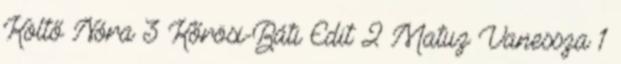
Költő Nóra 3 Kőrösi-Báti Edit 2 Matuz Vanessza 1